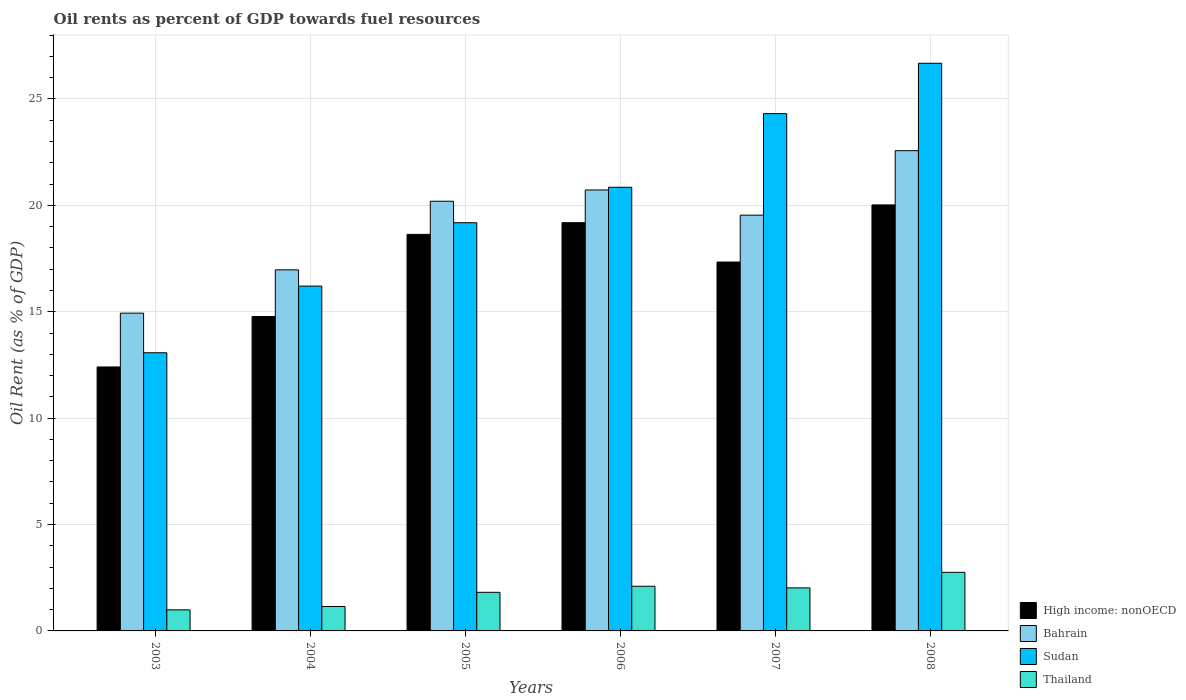
| Years | High income: nonOECD | Bahrain | Sudan | Thailand |
 | --- | --- | --- | --- | --- |
 | 2003 | 12.4 | 14.9 | 13.1 | 0.99 |
 | 2004 | 14.8 | 17 | 16.2 | 1.15 |
 | 2005 | 18.6 | 20.2 | 19.2 | 1.81 |
 | 2006 | 19.2 | 20.7 | 20.8 | 2.1 |
 | 2007 | 17.3 | 19.5 | 24.3 | 2.02 |
 | 2008 | 20 | 22.6 | 26.7 | 2.75 |